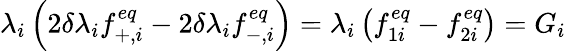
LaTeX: \lambda{_i}\left(2\delta\lambda_{i}f_{+,i}^{eq}-2\delta\lambda_{i}f_{-,i}^{eq}\right)=\lambda_{i}\left(f_{1i}^{eq}-f_{2i}^{eq}\right)=G_{i}